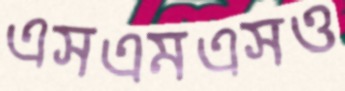
এসএমএসও